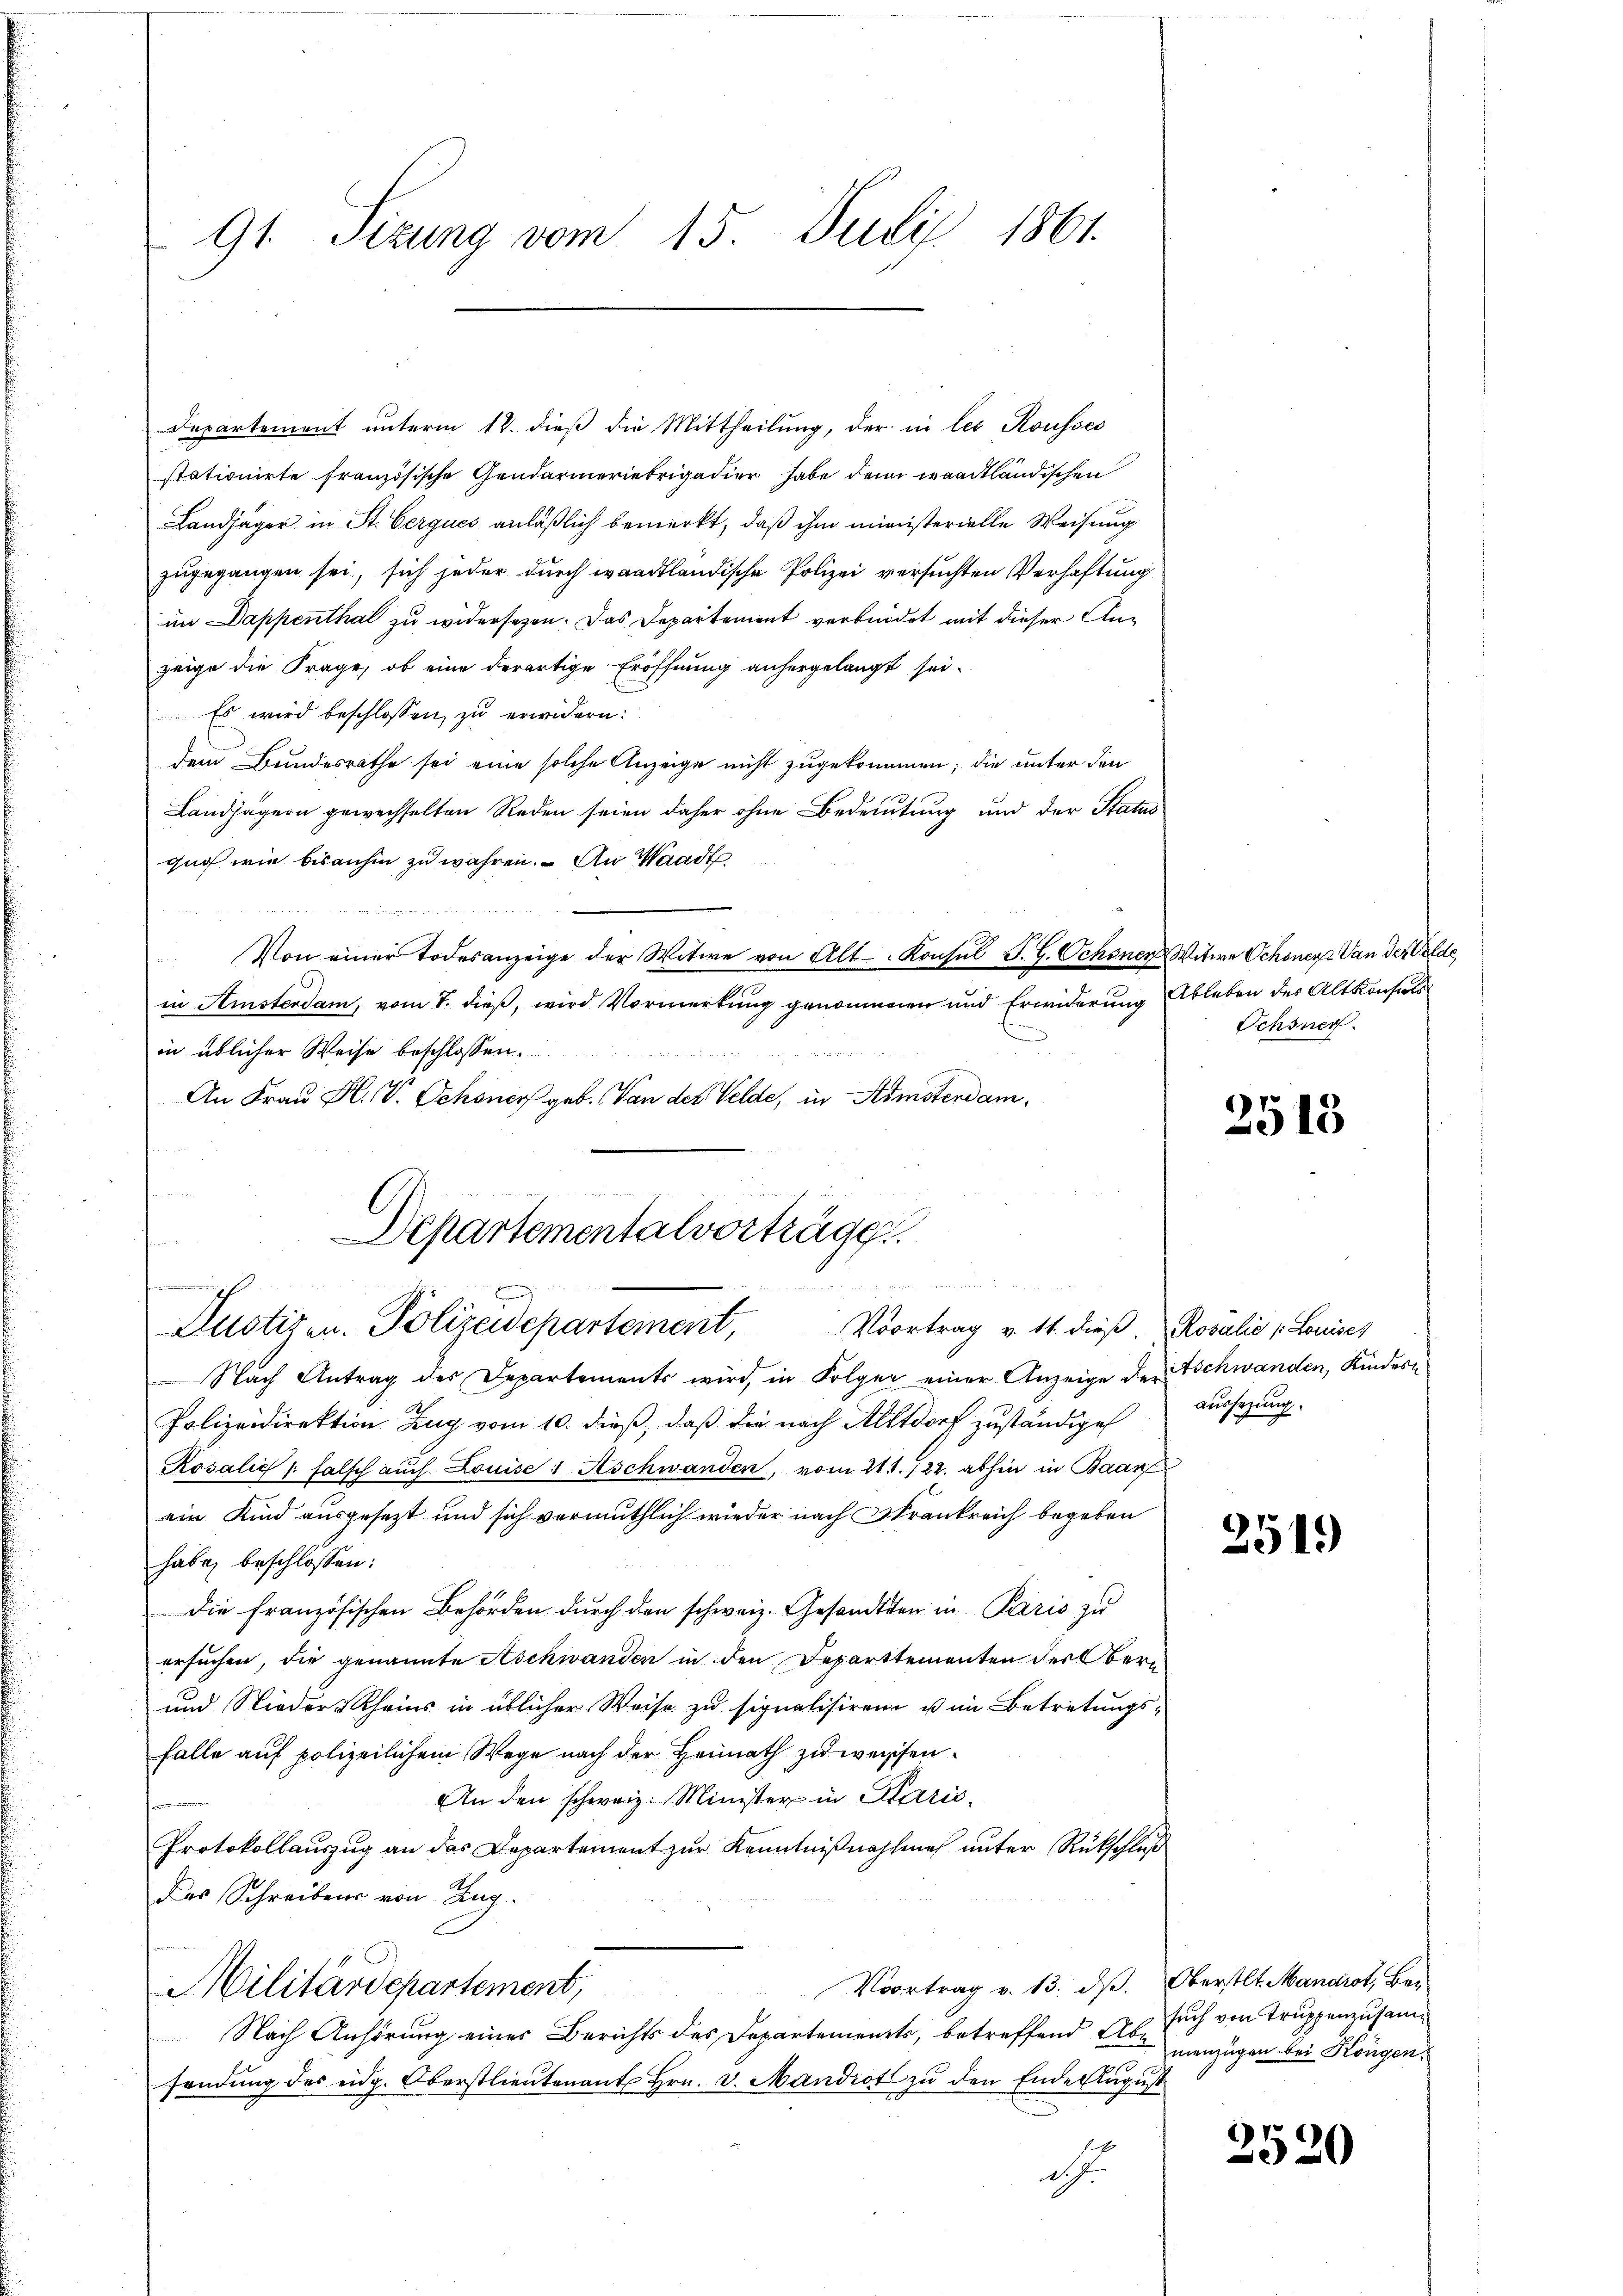
91. Sizung vom 15. Juli 1861.

Departement unterm 12. dieß die Mittheilung, der in les Rousses
stationirte französische Gendarmeriebrigadier habe den waadtländischen
Landjäger in St. Cerques anläßlich bemerkt, daß ihm ministerielle Weisung
zugegangen sei, sich jeder durch waadtländische Polizei versuchten Verhaftung
im Dappenthal zu widersezen. Das Departement verbindet mit dieser Anzeige die Frage, ob eine derartige Eröffnung anhergelangt sei.
Es wird beschlossen zu erwidern:
dem Bundesrathe sei eine solche Anzeige nicht zugekommen; die unter den
Landjägern gewechselten Reden seien daher ohne Bedeutung und der Status
quos wie bisanhin zu währen. An Waadt
Von einer Todesanzeige der Witwe von Alt-Konsul J. G. Schöner Witwe Schonen Van der Gelde
in Amsterdam, vom 7. dieß, wird Vormerkung genommen und Erwiderung Ableben des Altkonsuls
in üblicher Weise beschlossen:
An Frau H. V. Schöner geb. Von des Velde, in Amsterdam,

i

Departementalvorträge
Lustizen. Polizeidepartement, Vortrag v. 11. dieβ. Rosalie 1. Louises

Nach Antrag des Departements wird, in Folger einer Anzeige der Aschwanden, Kindern
Polizeidirektion Zug vom 10. dieß, daß die nach Altdorf zuständige
Rosalić s. falsch aŭch Louise 1 Aschwanden, vom 211. 722. abhin in Baar
ein Kind ausgesezt und sich vermuthlich wieder nach Frankreich begeben
habe, beschlossen:
Die französischen Behörden durch den schweiz. Gesandten in Paris zu
ersuchen, die genannte Aschwanden in den Departtementen der Obern
und Nieder-Rheins in üblicher Weise zu signalisiren u im Betretungs-
Falle auf polizeilichem Wege nach der Heimath zuweisen.
An den schweiz. Minister in Carić,
Protokollauszug an das Departement zur Kenntnißnahme unter Rückschluß
des Schreibens von Zug.
Voortrag v. 13. dß. Oberstlt. Manarot, Be-
Militärdepartement,
Nach Anhörung eines Berichts des Departements, betreffend Abe
sendŭng des eidg. Oberstlieutenant Hrn. v. Mandiot zŭ den Ende August
d

Schöner

2513

aussezung.

2549

such von Truppenzusammenzügen bei Köngen,

2520